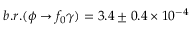
b . r . ( \phi \to f _ { 0 } \gamma ) = 3 . 4 \pm 0 . 4 \times 1 0 ^ { - 4 }